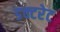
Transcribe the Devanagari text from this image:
डक्टरेट